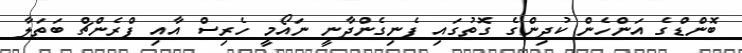
ބޮންޑްގެ އަންހެން ކުދިންގެ ގޮތުގައި ފެނިގެންދާނީ ނައޯމީ ހެރިސް އާއި ފްރެންޗް ބަތަލާ